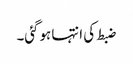
ضبط کی انتہا ہوگئی۔